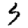
Digit: 3